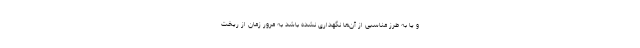
و یا به طرز مناسبی از آن‌ها نگهداری نشده باشد به مرور زمان از ریخت